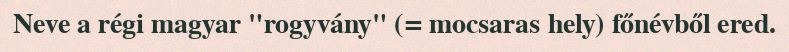
Neve a régi magyar "rogyvány" (= mocsaras hely) főnévből ered.